Report of the Municipal Commissioner on the plague in Bombay for the year ending 31st May... - Volume 3
Disease focus: Plague
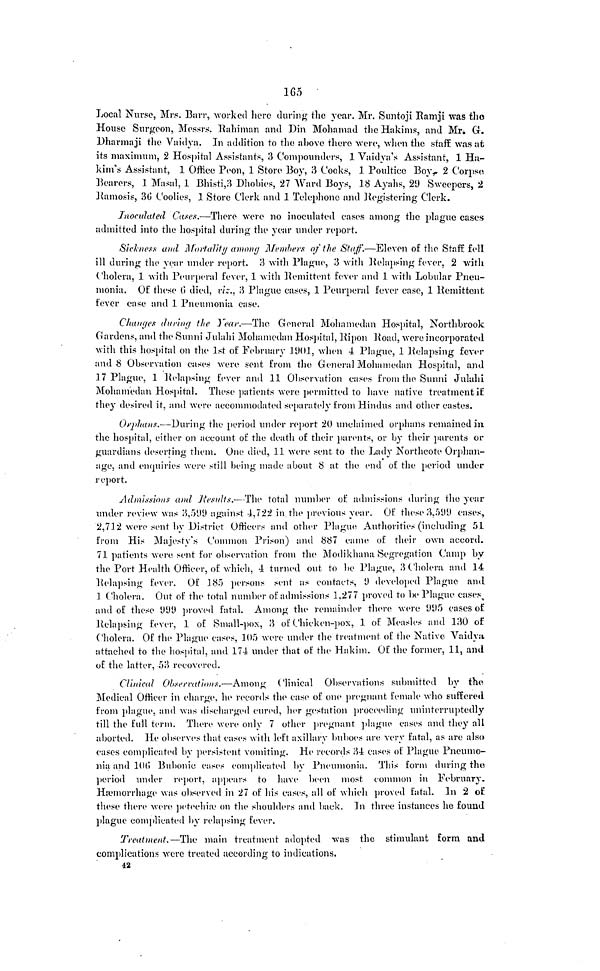
165
Local Nurse, Mrs. Barr, worked here during the year. Mr. Suntoji Ramji was the
House Surgeon, Messrs. Rahiman and Din Mohamad the Hakims, and Mr. G.
Dharmaji the Vaidya. In addition to the above there were, when the staff was at
its maximum, 2 Hospital Assistants, 3 Compounders, 1 Vaidya's Assistant, 1 Ha-
kim's Assistant, 1 Office Peon, 1 Store Boy, 3 Cooks, 1 Poultice Boy. 2 Corps«
Bearers, 1 Masai, 1 Bhisti,3 Dhobies, 27 Ward Boys, 18 Ayahs, 29 Sweepers, 2
Ramosis, 30 Coolies, 1 Store Clerk and 1 Telephone and Registering Clerk.
Inoculated Cases.—There were no inoculated eases among the plague cases
admitted into the hospital during the year under report.
Sickness and Mortality among Members of the Staff.—Eleven of the Staff fell
ill during the year under report. 3 with Plague, 3 with Relapsing fever, 2 with
Cholera, 1 with Peurperal fever, 1 with Remittent fever and 1 with Lobular Pneu-
monia. Of these 6 died, viz., 3 Plague cases, 1 Peurperal fever case, 1 Remittent
fever case and 1 Pneumonia case.
Changes during the year.—The General Mohamedan Hospital, Northbrook
Gardens, and the Sunni Julahi Mohamedan Hospital, Ripon Road, were incorporated
with this hospital on the 1st of February 11)01, when 4 Plague, 1 Relapsing fever
and 8 Observation cases were sent from the General Mohamedan Hospital, and
17 Plague, 1 Relapsing fever and 11 Observation cases from the Sunni Julahi
Mohamedan Hospital. These patients were permitted to have native treatment if
they desired it, and were accommodated separately from Hindus and other castes.
Orphans.—During the period under report 20 unclaimed orphans remained in
the hospital, either on account of the death of their parents, or by their parents or
guardians deserting them. One died, 11 were sent to the Lady Northcote Orphan-
age, and enquiries were still being made about 8 at the end of the period under
report.
Admissions and Results.—The total number of admissions during the year
under review was 3,599 against 4,722 in the previous year. Of these 3,599 cases,
2,712 were sent by District Officers and other Plague Authorities (including 51
from His Majesty's Common Prison) and 887 came of their own accord.
71 patients were sent for observation from the Modikhana Segregation Camp by
the Port Health Officer, of which, 4 turned out to be Plague, 3 Cholera and 14
Relapsing fever. Of 185 persons sent as contacts, 9 developed Plague and
1 Cholera. Out of the total number of admissions 1,277 proved to be Plague cases,
and of these 999 proved fatal. Among the remainder there were 995 cases of
Relapsing fever, 1 of Small-pox, 3 of Chicken-pox, 1 of Measles and 130 of
Cholera. Of the Plague cases, 105 were under the treatment of the Native Vaidya
attached to the hospital, and 174 under that of the Hakim. Of the former, 11, and
of the latter, 53 recovered.
Clinical Observations.—Among Clinical Observations submitted by the
Medical Officer in charge, he records the case of one pregnant female who suffered
from plague, and was discharged cured, her gestation proceeding uninterruptedly
till the full term. There were only 7 other pregnant plague cases and they all
aborted. He observes that eases with left axillary buboes are very fatal, as are also
cases complicated by persistent vomiting. He records 34 cases of Plague Pneumo-
nia and 106 Bubonic cases complicated by Pneumonia. This form during the
period under report, appears to have been most common in February.
Haemorrhage was observed in 27 of his cases, all of which proved fatal. In 2 of
these there were petechiae on the shoulders and back. I n three instances he found
plague complicated by relapsing fever.
Treatment.— The main treatment adopted was the stimulant form and
complications were treated according to indications.
42